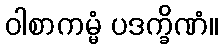
ဝါစာကမ္မံ ပဒက္ခိဏံ။